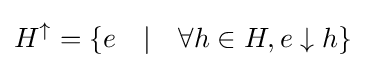
H^{\uparrow }=\{e\quad |\quad \forall h\in H,e\downarrow h\}